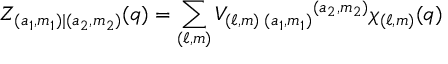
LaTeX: Z _ { ( a _ { 1 } , m _ { 1 } ) | ( a _ { 2 } , m _ { 2 } ) } ( q ) = \sum _ { ( \ell , m ) } V _ { ( \ell , m ) \; ( a _ { 1 } , m _ { 1 } ) } { } ^ { ( a _ { 2 } , m _ { 2 } ) } \chi _ { ( \ell , m ) } ( q )